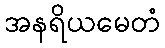
အနရိယမေတံ